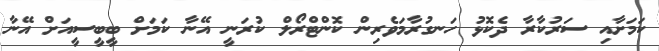
ކަމަށާއި ސަރުކާރާ ދެކޮޅު ހަނގުރާމަވެރިން ކޮންޓްރޯލް ކުރަނީ އޭނާ ކަމަށް ބީބީސީއަށް އޭނާ